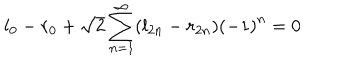
l _ { 0 } - r _ { 0 } + \sqrt { 2 } \sum _ { n = 1 } ^ { \infty } ( l _ { 2 n } - r _ { 2 n } ) \left( - 1 \right) ^ { n } = 0